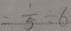
= \frac { 1 } { 5 } \div 6